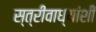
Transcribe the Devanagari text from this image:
स्त्रीवाध्यांशी